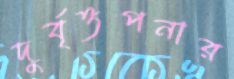
দুর্বৃত্তপনার